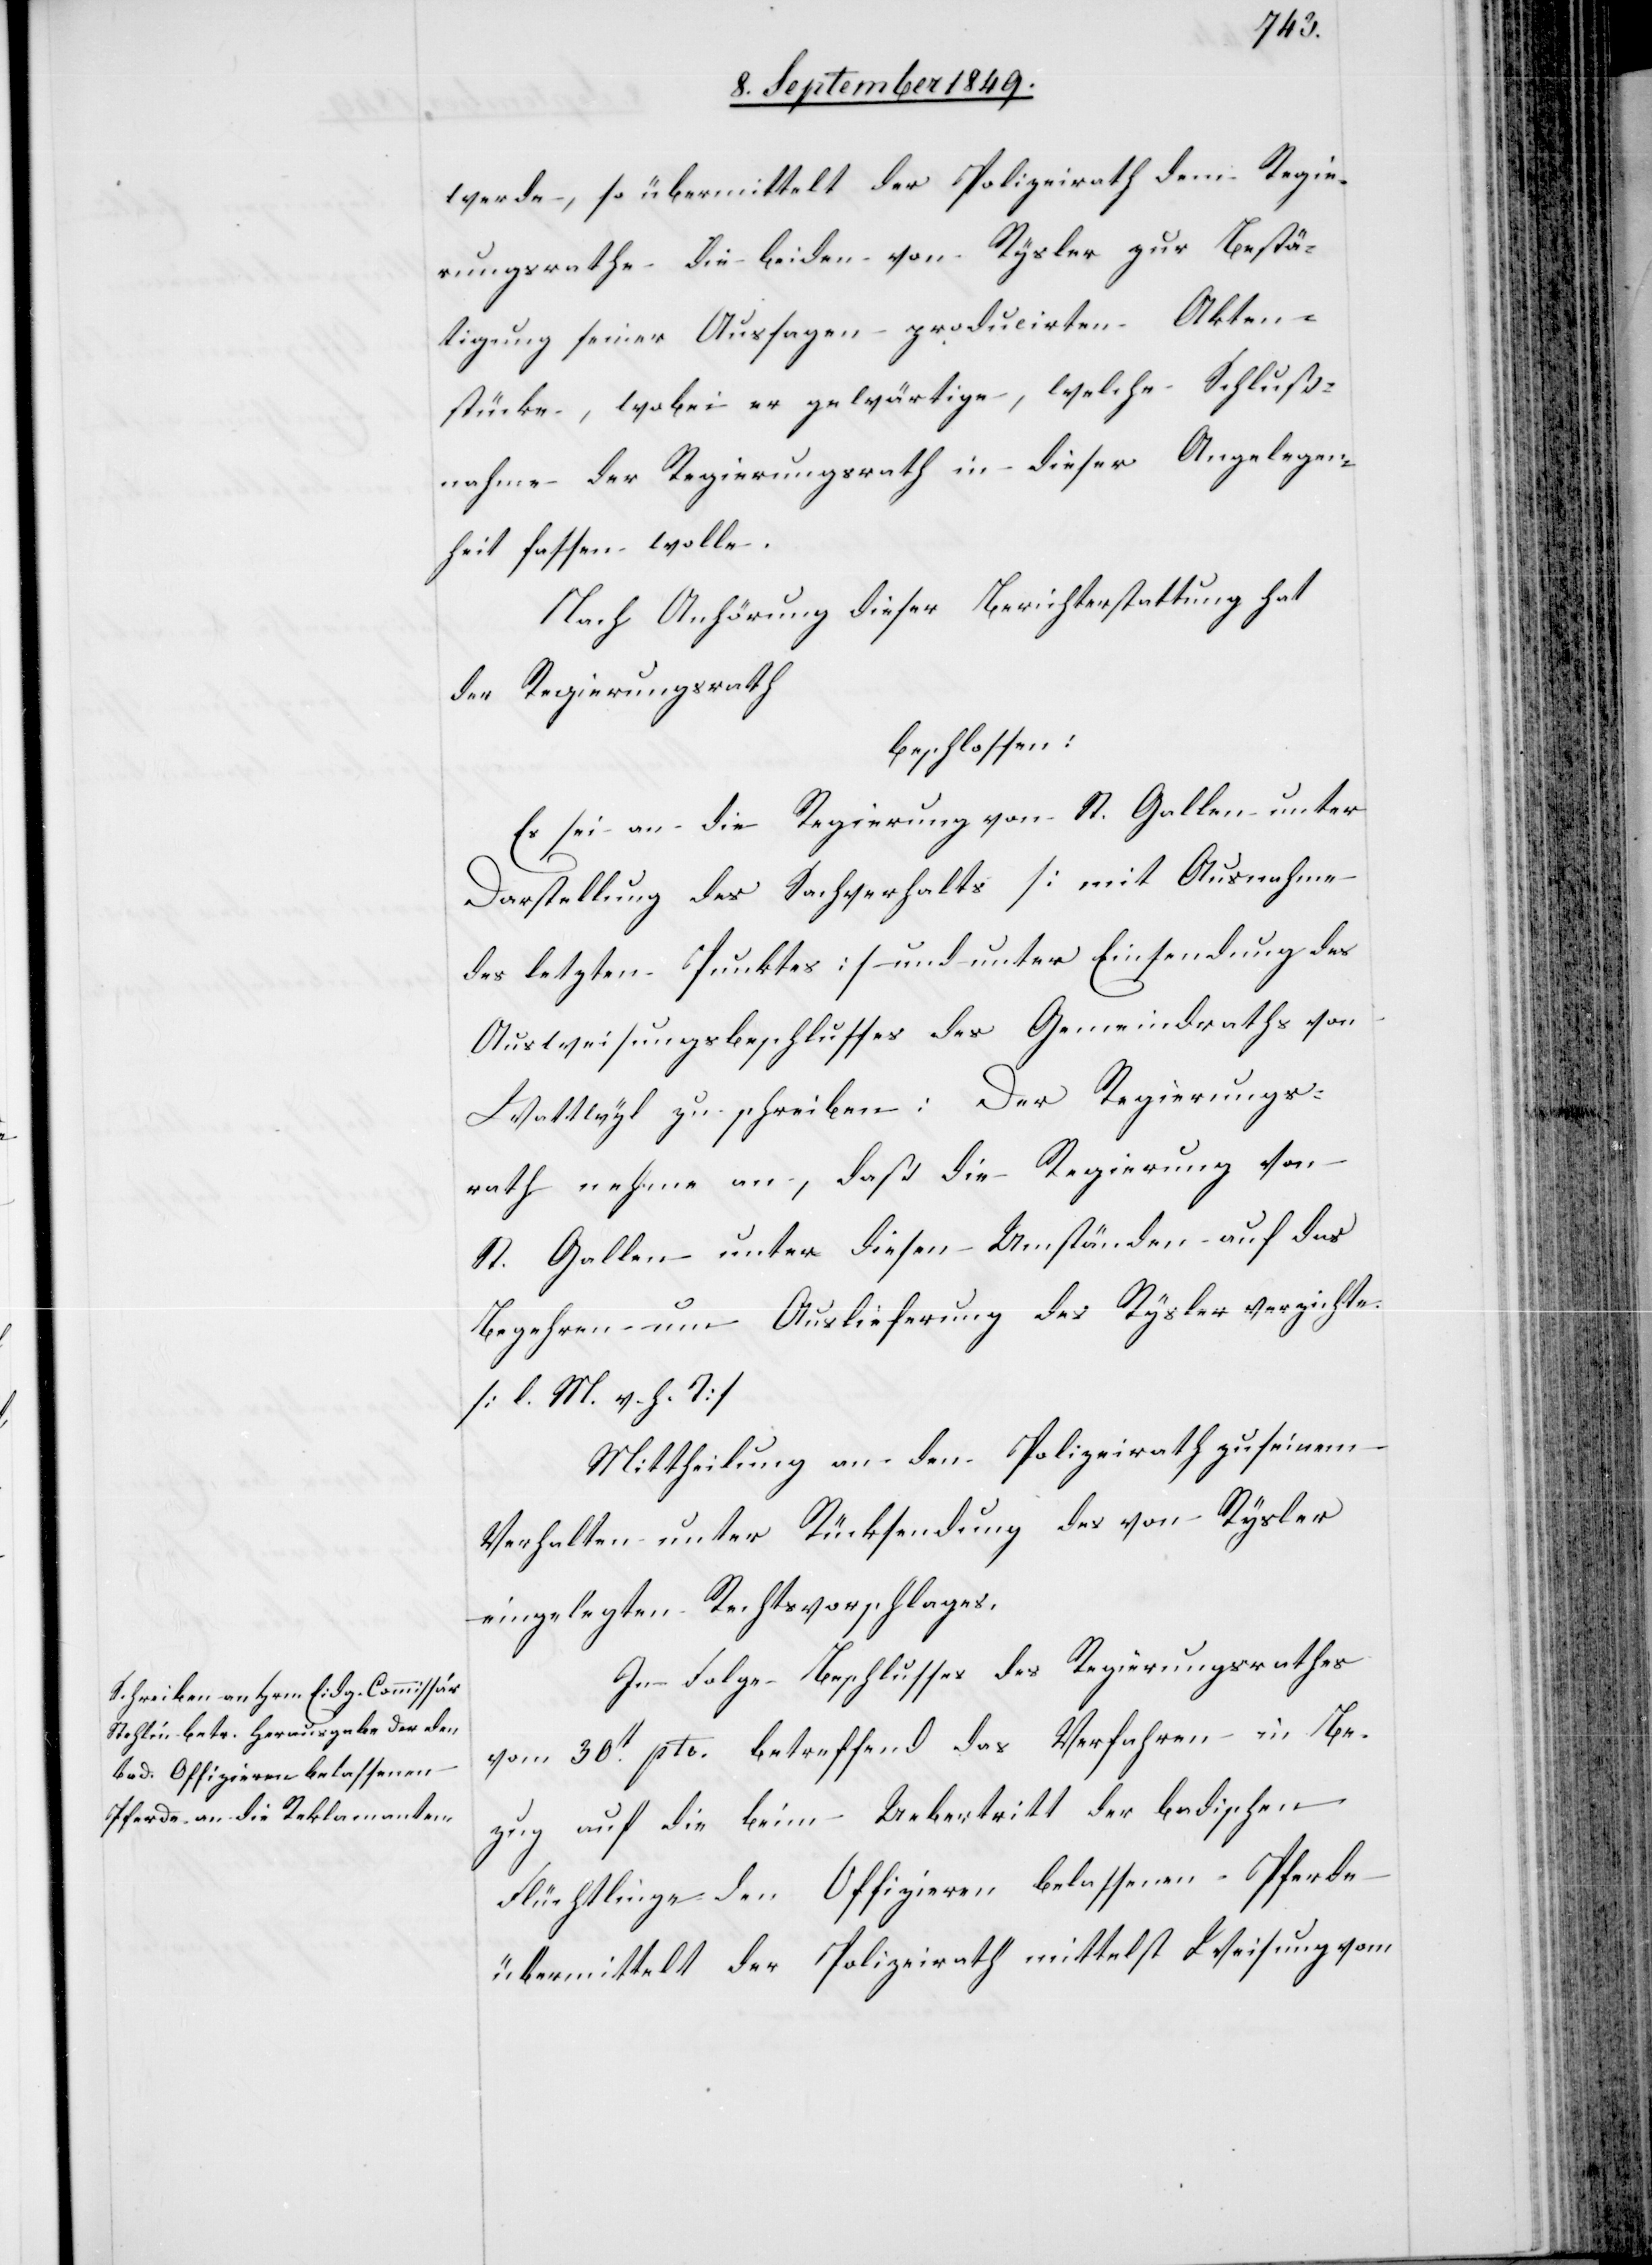
werde, so übermittelt der Polizeirath dem Regie¬
rungsrathe die beiden von Rysler zur Bestä¬
tigung seiner Aussagen producirten Akten¬
stücke, wobei er gewärtige, welche Schluß¬
nahme der Regierungsrath in dieser Angelegen¬
heit fassen wolle.
Nach Anhörung dieser Berichterstattung hat
der Regierungsrath
beschlossen:
Es sei an die Regierung von St. Gallen unter
Darstellung des Sachverhalts [mit Ausnahme
des letzten Punktes] und unter Einsendung des
Ausweisungsbeschlusses des Gemeindrathes von
Wattwyl zu schreiben: Der Regierungs¬
rath nehme an, daß die Regierung von
St. Gallen unter diesen Umständen auf das
Begehrung um Auslieferung des Rysler verzichte.
[l. M. v. h. T]
Mittheilung an den Polizeirath zu seinem
Verhalten unter Rücksendung des von Rysler
eingelegten Rechtsvorschlages.
In Folge Beschlusses des Regierungsrathes
vom 30t pto. betreffend das Verfahren in Be¬
zug auf die beim Uebertritt der badischen
Flüchtlinge den Offizieren belassenen Pferde
übermittelt der Polizeirath mittelst Weisung vom